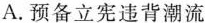
A.预备立宪违背潮流